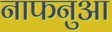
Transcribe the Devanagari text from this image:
नाफनुआ